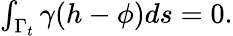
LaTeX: \begin{array}{r}{\int_{\Gamma_{t}}\gamma(h-\phi)ds=0.}\end{array}